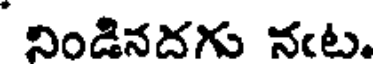
నిండినదను నఁట.